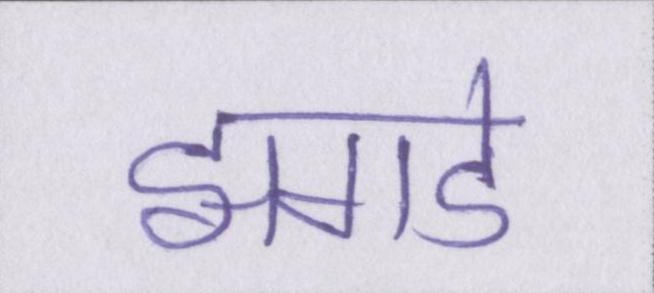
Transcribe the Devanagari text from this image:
झगडे